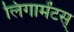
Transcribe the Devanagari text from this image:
लिगामेंटस्